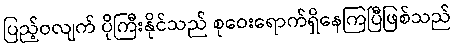
ပြည့်ဝလျက် ပိုကြီးနိုင်သည် စုဝေးရောက်ရှိနေကြပြီဖြစ်သည်